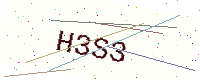
Text: H3S3